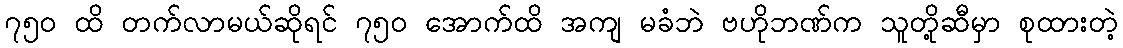
၇၅၀ ထိ တက်လာမယ်ဆိုရင် ၇၅၀ အောက်ထိ အကျ မခံဘဲ ဗဟိုဘဏ်က သူတို့ဆီမှာ စုထားတဲ့